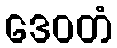
ဒေဝတံ